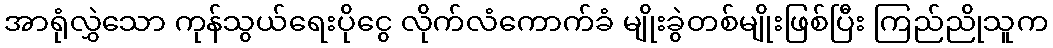
အာရုံလွှဲသော ကုန်သွယ်ရေးပိုငွေ လိုက်လံကောက်ခံ မျိုးခွဲတစ်မျိုးဖြစ်ပြီး ကြည်ညိုသူက